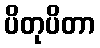
ပိတုပိတာ